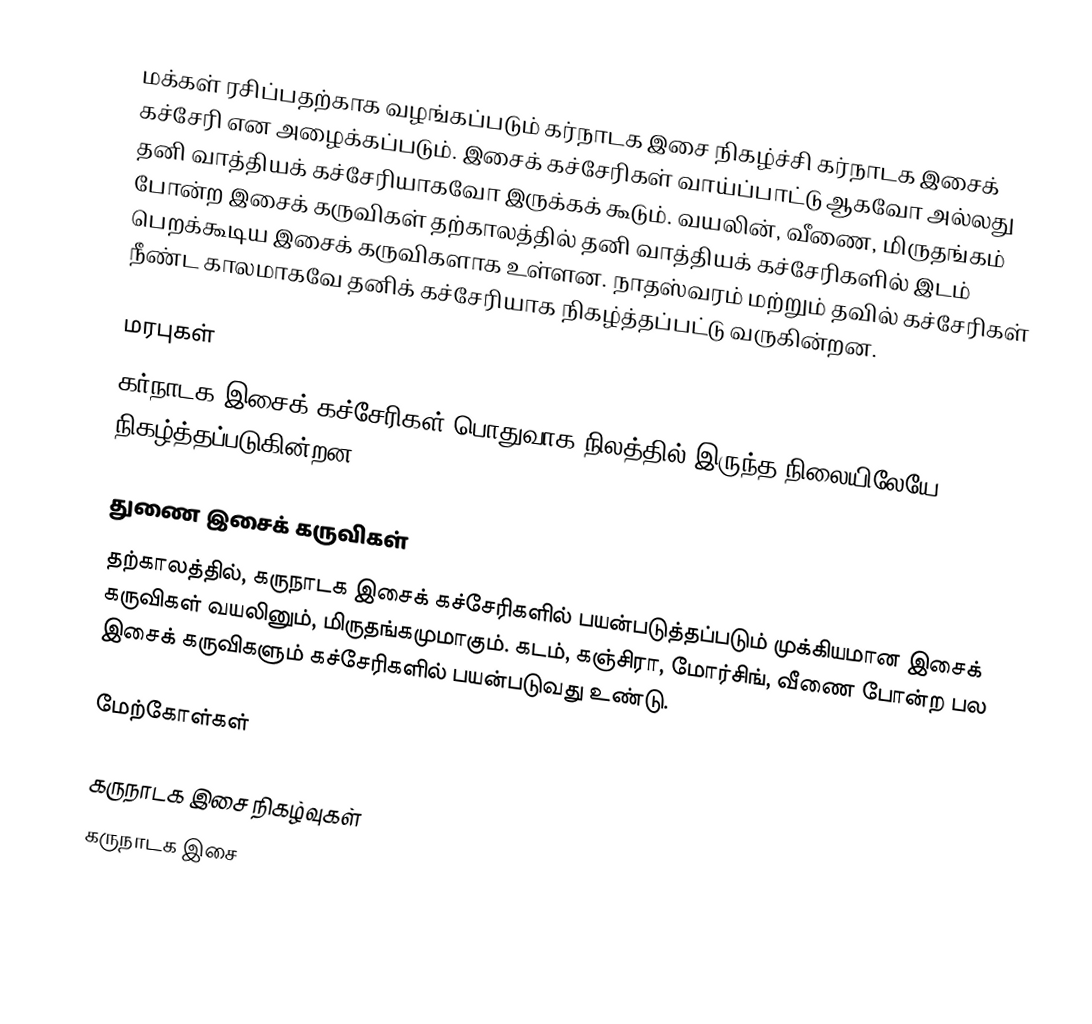
மக்கள் ரசிப்பதற்காக வழங்கப்படும் கர்நாடக இசை நிகழ்ச்சி கர்நாடக இசைக் கச்சேரி என அழைக்கப்படும். இசைக் கச்சேரிகள் வாய்ப்பாட்டு ஆகவோ அல்லது தனி வாத்தியக் கச்சேரியாகவோ இருக்கக் கூடும். வயலின், வீணை, மிருதங்கம் போன்ற இசைக் கருவிகள் தற்காலத்தில் தனி வாத்தியக் கச்சேரிகளில் இடம் பெறக்கூடிய இசைக் கருவிகளாக உள்ளன. நாதஸ்வரம் மற்றும் தவில் கச்சேரிகள் நீண்ட காலமாகவே தனிக் கச்சேரியாக நிகழ்த்தப்பட்டு வருகின்றன.

மரபுகள்
கர்நாடக இசைக் கச்சேரிகள் பொதுவாக நிலத்தில் இருந்த நிலையிலேயே நிகழ்த்தப்படுகின்றன.

துணை இசைக் கருவிகள்
தற்காலத்தில், கருநாடக இசைக் கச்சேரிகளில் பயன்படுத்தப்படும் முக்கியமான இசைக் கருவிகள் வயலினும், மிருதங்கமுமாகும். கடம், கஞ்சிரா, மோர்சிங், வீணை போன்ற பல இசைக் கருவிகளும் கச்சேரிகளில் பயன்படுவது உண்டு.

மேற்கோள்கள்

கருநாடக இசை நிகழ்வுகள்
கருநாடக இசை